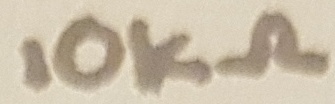
Text: 10KΩ